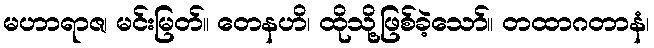
မဟာရာဇ၊ မင်းမြတ်။ တေနဟိ၊ ထိုသို့ဖြစ်ခဲ့သော်။ တထာဂတာနံ၊